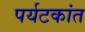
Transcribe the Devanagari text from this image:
पर्यटकांत